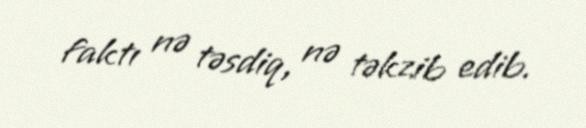
faktı nə təsdiq, nə təkzib edib.